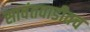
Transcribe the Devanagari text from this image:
सावंतवाडीतच